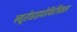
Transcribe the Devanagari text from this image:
न्यूरोहाइपोफिजिकल